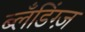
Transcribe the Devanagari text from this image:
ब्लँडिंग्ज़